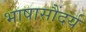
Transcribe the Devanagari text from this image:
भाषासौंदर्य